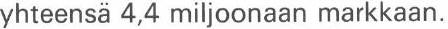
yhteensä 4,4 miljoonaan markkaan.